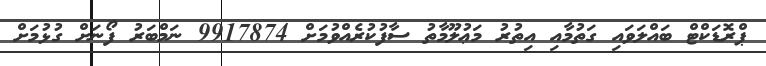
ޕްރޮޑަކްޓް ބައްލަވައި ގަތުމާއި އިތުރު މަޢުލޫމާތު ސާފުކުރެއްވުމަށް 9917874 ނަމްބަރު ފޯނަށް ގުޅުމަށް